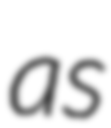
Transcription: as